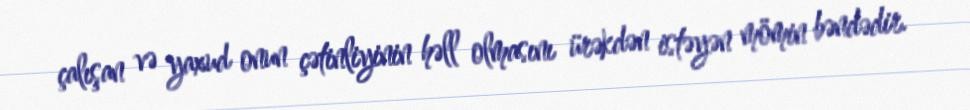
çalışan və yaxud onun çətinliyinin həll olmasını ürəkdən istəyən mömin bəndədir.